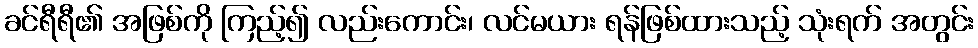
ခင်ရီရီ၏ အဖြစ်ကို ကြည့်၍ လည်းကောင်း၊ လင်မယား ရန်ဖြစ်ထားသည့် သုံးရက် အတွင်း